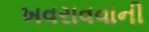
ખવરાવવાની